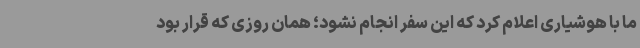
ما با هوشیاری اعلام کرد که این سفر انجام نشود؛ همان روزی که قرار بود